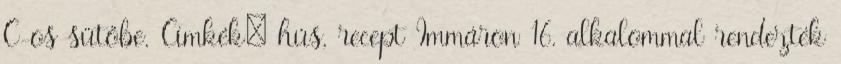
C-os sütőbe. Címkék: hús, recept Immáron 16. alkalommal rendezték